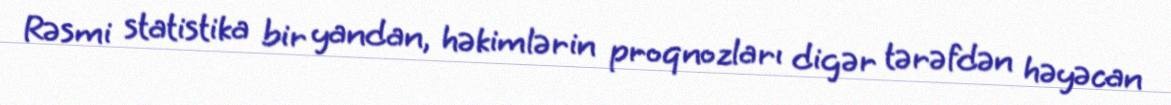
Rəsmi statistika bir yandan, həkimlərin proqnozları digər tərəfdən həyəcan